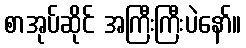
စာအုပ်ဆိုင် အကြီးကြီးပဲနော်။